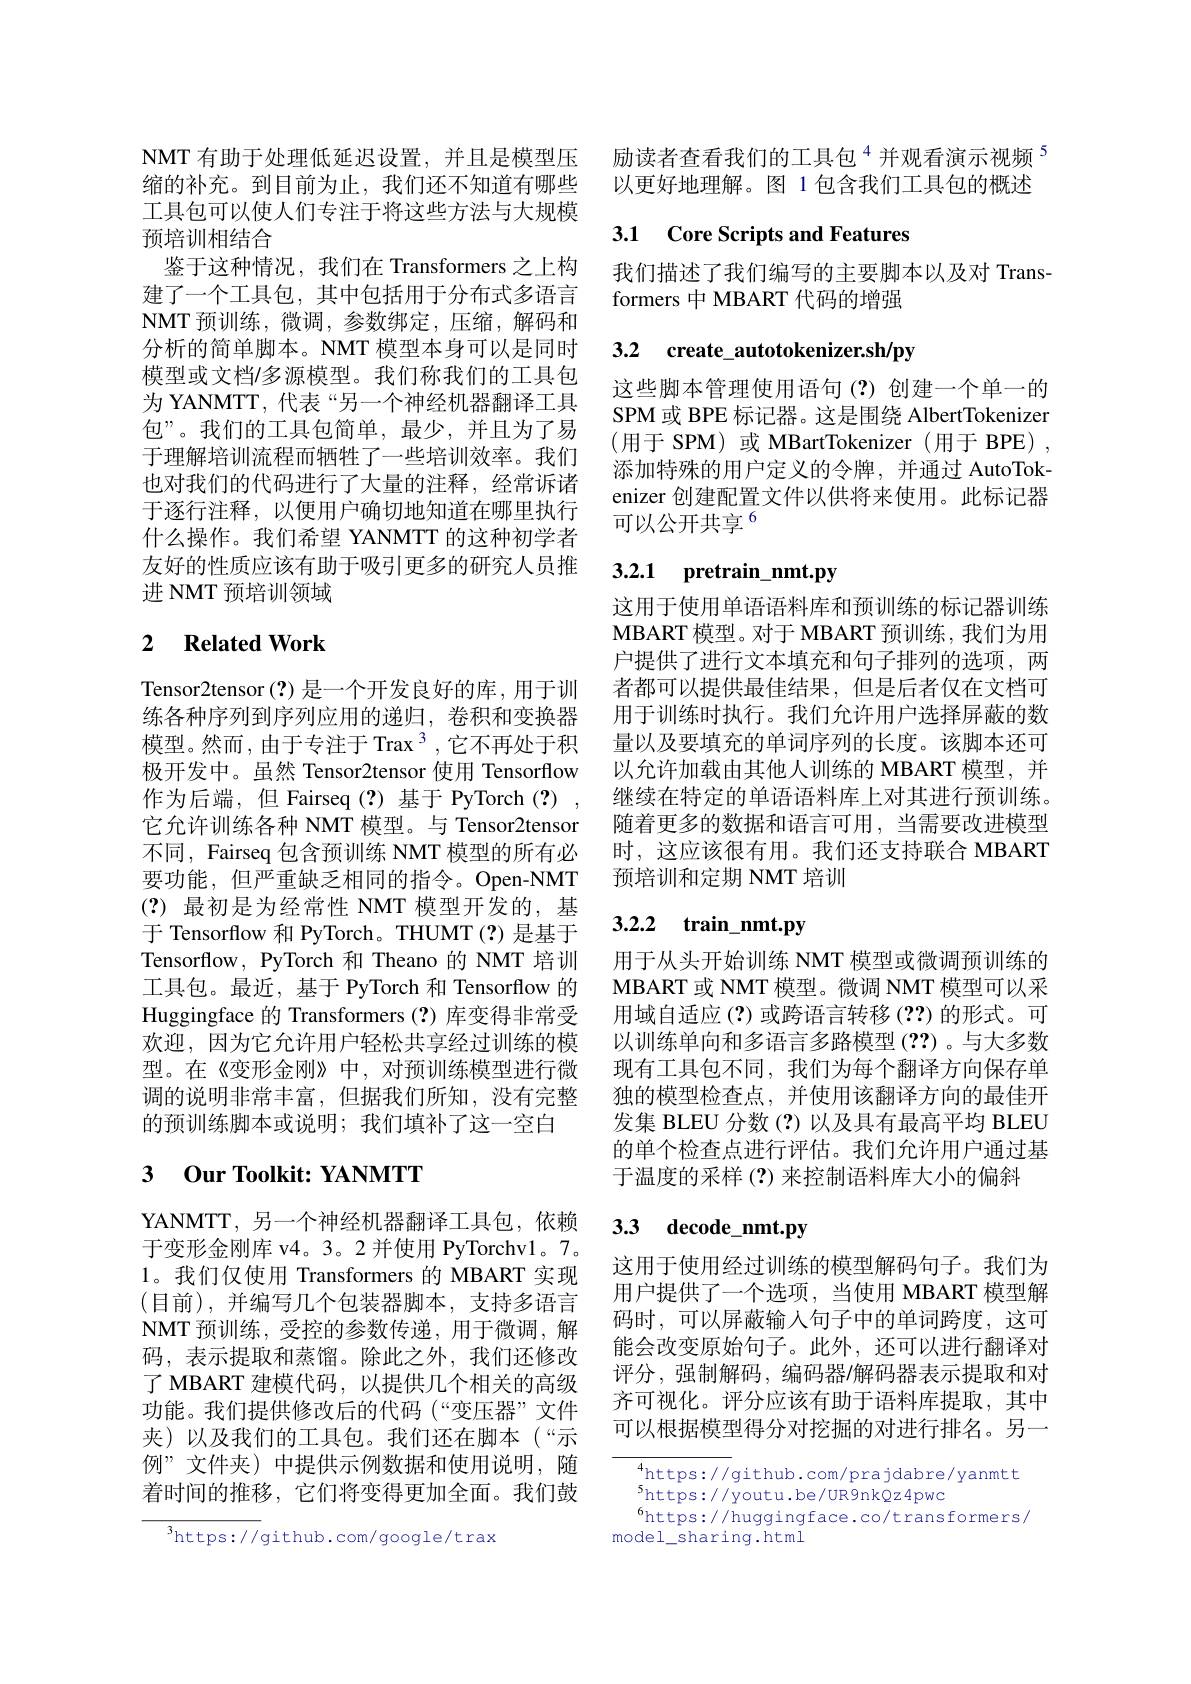
缩的补充。到目前为止，我们还不知道有哪些工具包可以使人们专注于将这些方法与大规模预培训相结合
鉴于这种情况，我们在 Transformers 之上构建了一个工具包，其中包括用于分布式多语言NMT 预训练，微调，参数绑定，压缩，解码和分析的简单脚本。NMT 模型本身可以是同时模型或文档/多源模型。我们称我们的工具包为 YANMTT, 代表“另一个神经机器翻译工具包”。我们的工具包简单，最少，并且为了易于理解培训流程而牺牲了一些培训效率。我们也对我们的代码进行了大量的注释，经常诉诸于逐行注释，以便用户确切地知道在哪里执行什么操作。我们希望 YANMTT 的这种初学者友好的性质应该有助于吸引更多的研究人员推进 NMT 预培训领域

## 2 $\textbf{Related Work}$

Tensor2tensor(?)是一个开发良好的库，用于训练各种序列到序列应用的递归，卷积和变换器不同，Fairseq 包含预训练 NMT 模型的所有必要功能，但严重缺乏相同的指令。Open-NMT (?)最初是为经常性 NMT 模型开发的，基于 Tensorflow 和 PyTorch。THUMT(?) 是基于Tensorflow, PyTorch 和 Theano 的 NMT 培训工具包。最近，基于 PyTorch 和 Tensorflow 的Huggingface 的 Transformers(?)库变得非常受欢迎，因为它允许用户轻松共享经过训练的模型。在《变形金刚》中，对预训练模型进行微 现有工具包不同，我们为每个翻译方向保存单调的说明非常丰富，但据我们所知，没有完整 独的模型检查点，并使用该翻译方向的最佳开的预训练脚本或说明；我们填补了这一空白

## 3 Our Toolkit: YANMTT

YANMTT, 另一个神经机器翻译工具包，依赖于变形金刚库 v4。3。2 并使用 PyTorchv1。7。1。我们仅使用 Transformers 的 MBART 实现(目前),并编写几个包装器脚本，支持多语言NMT 预训练，受控的参数传递，用于微调，解码，表示提取和蒸馏。除此之外，我们还修改了 MBART 建模代码，以提供几个相关的高级功能。我们提供修改后的代码(“变压器”文件夹)以及我们的工具包。我们还在脚本(“示例”文件夹)中提供示例数据和使用说明，随着时间的推移，它们将变得更加全面。我们鼓

$^{3}$https://github.com/google/trax

NMT 有助于处理低延迟设置，并且是模型压 励读者查看我们的工具包$^{4}$并观看演示视频$^{5}$
以更好地理解。图 1 包含我们工具包的概述

## 3.1 Core Scripts and Features

我们描述了我们编写的主要脚本以及对 Trans-
formers 中 MBART 代码的增强

## 3.2 create\_autotokenizer.sh/py

这些脚本管理使用语句(?)创建一个单一的SPM 或 BPE 标记器。这是围绕 AlbertTokenizer (用于 SPM)或 MBartTokenizer(用于 BPE), 添加特殊的用户定义的令牌，并通过 AutoTokenizer 创建配置文件以供将来使用。此标记器可以公开共享$^{6}$

# 3.2.1 pretrain\_nmt.py

这用于使用单语语料库和预训练的标记器训练MBART 模 型 。对 于 MBART 预 训 练 , 我 们 为 用 户提供了进行文本填充和句子排列的选项，两者都可以提供最佳结果，但是后者仅在文档可用于训练时执行。我们允许用户选择屏蔽的数
模型。然而，由于专注于 Trax $^3$,它不再处于积 量以及要填充的单词序列的长度。该脚本还可极开发中。虽然 Tensor2tensor 使用 Tensorflow 以允许加载由其他人训练的 MBART 模型，并作为后端，但 Fairseq (?) 基于 PyTorch (?) , 继续在特定的单语语料库上对其进行预训练。它允许训练各种 NMT 模型。与 Tensor2tensor 随着更多的数据和语言可用，当需要改进模型
时，这应该很有用。我们还支持联合 MBART
预培训和定期 NMT 培训

# 3.2.2 train\_nmt.py

用于从头开始训练 NMT 模型或微调预训练的MBART 或 NMT 模型。微调 NMT 模型可以采用域自适应 (?) 或跨语言转移 (??) 的形式。可以训练单向和多语言多路模型(??)。与大多数发集 BLEU 分数(?)以及具有最高平均 BLEU 的单个检查点进行评估。我们允许用户通过基于温度的采样 (?)来控制语料库大小的偏斜

# 3.3 decode\_nmt.py

这用于使用经过训练的模型解码句子。我们为用户提供了一个选项，当使用 MBART 模型解码时，可以屏蔽输入句子中的单词跨度，这可能会改变原始句子。此外，还可以进行翻译对评分，强制解码，编码器/解码器表示提取和对齐可视化。评分应该有助于语料库提取，其中可以根据模型得分对挖掘的对进行排名。另一

$^{4}$https://github.com/prajdabre/yanmtt
$^{5}$https://youtu.be/UR9nkQz4pwc
$^{6}$https://huggingface.co/transformers/
model\_sharing.html